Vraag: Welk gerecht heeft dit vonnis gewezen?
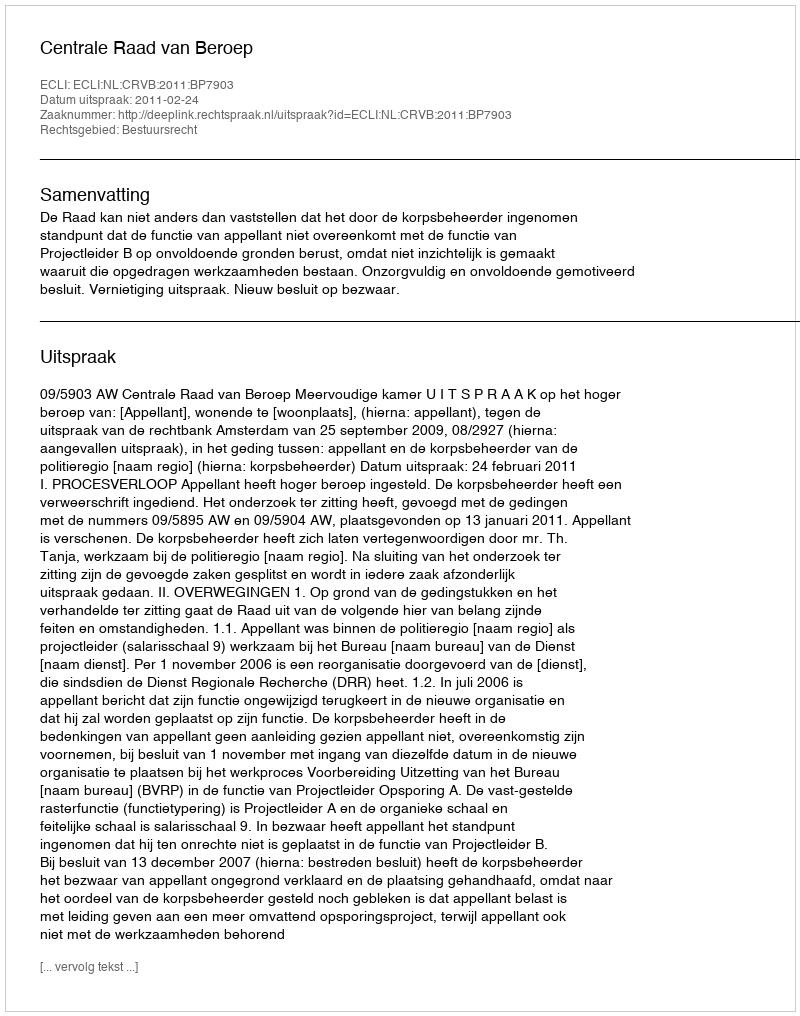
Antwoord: Centrale Raad van Beroep